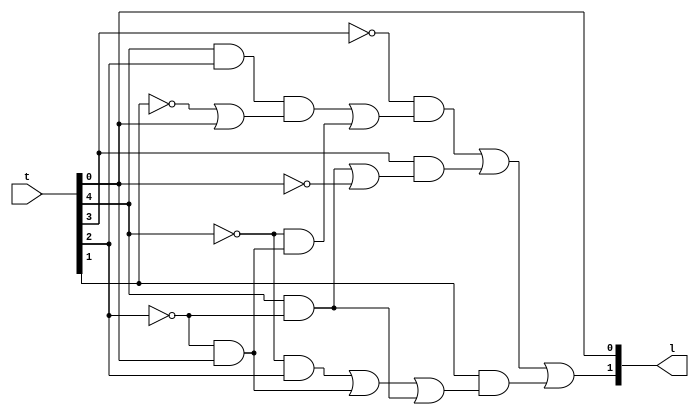
module leader_generator (t, l);
    input [4:0] t;
    output [1:0] l;
    wire common1 = ~t[2] & t[0];
    wire common2 = t[4] & ~t[2];
    assign l[1] = ~t[3] & (t[4] & t[2] & (~t[1] | t[0]) | ~t[4] & common1) | t[3] & (common2 | ~t[0]) | t[1] & (~t[4] & t[2] | common1 | common2);
    assign l[0] = t[0];
endmodule